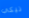
نيكي